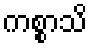
ကစ္စာသိ